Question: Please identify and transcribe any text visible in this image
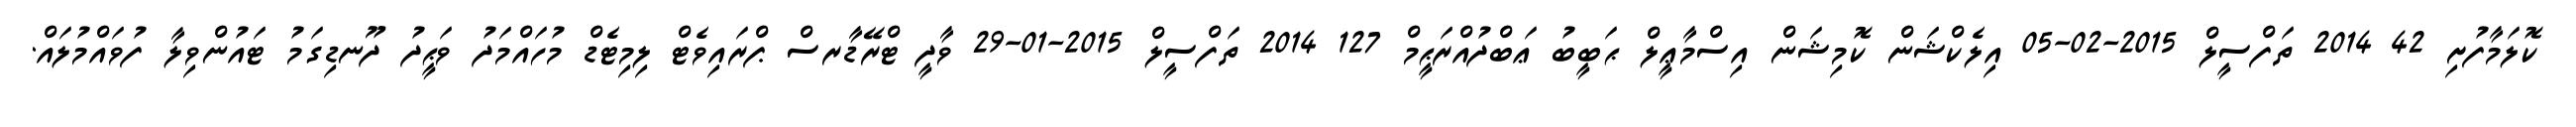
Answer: ކޮލަމާފުށި 42 2014 ތަފްސީލް 2015-02-05 އިލެކްޝަން ކޮމިޝަން އިސްމާޢީލް ޙަބީބު ޢަބްދުއްރަޙީމް 127 2014 ތަފްސީލް 2015-01-29 ވާދީ ޓްރޭޑާރސް ޕްރައިވެޓް ލިމިޓެޑް މުހައްމަދު ވަޙީދު ދޫނޑިގަމު ޓައުންވިލާ ފުވައްމުލައް.